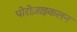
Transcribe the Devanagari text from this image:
पोरोज़ाइकलन